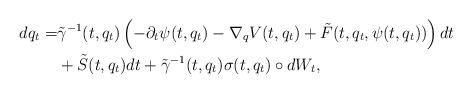
LaTeX: \begin{align*}dq_t=&\tilde\gamma^{-1}(t,q_t)\left(-\partial_t\psi(t,q_t)-\nabla_q V(t,q_t)+\tilde F(t,q_t,\psi(t,q_t))\right) dt\\& +\tilde S(t,q_t)dt+\tilde\gamma^{-1}(t,q_t)\sigma(t,q_t)\circ dW_t,\end{align*}